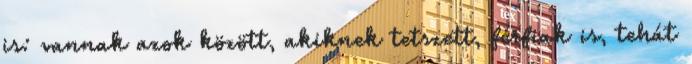
is: vannak azok között, akiknek tetszett, férfiak is, tehát